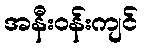
အနီးဝန်းကျင်